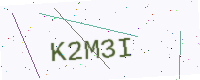
Text: K2M3I